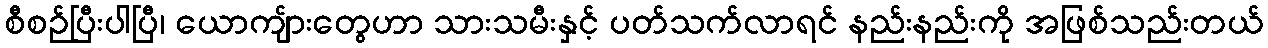
စီစဉ်ပြီးပါပြီ၊ ယောကျ်ားတွေဟာ သားသမီးနှင့် ပတ်သက်လာရင် နည်းနည်းကို အဖြစ်သည်းတယ်